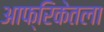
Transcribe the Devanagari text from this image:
आफ्रिकेतला